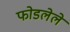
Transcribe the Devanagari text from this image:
फोडलेले